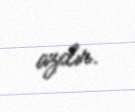
azdır.